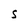
Character: S